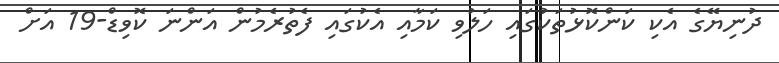
ދުނިޔޭގެ އެކި ކަންކޮޅުތަކުގައި ހަލުވި ކަމާއި އެކުގައި ފެތުރެމުން އަންނަ ކޮވިޑް-19 އަށް